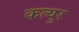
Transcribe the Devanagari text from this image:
कत्युर